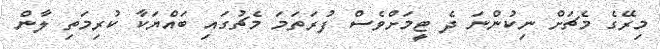
މިރޭގެ މެޗަށް ނިކުންނަ ދެ ޓީމަށްވެސް ފުރަތަމަ މެޗުގައި ބައްޔަކާ ކުރިމަތި ލާން